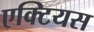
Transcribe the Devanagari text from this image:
एक्टियस